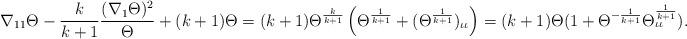
LaTeX: \begin{align*}\nabla_{11}\Theta-\frac{k}{k+1}\frac{(\nabla_{1}\Theta)^{2}}{\Theta}+(k+1)\Theta=(k+1)\Theta^{\frac{k}{k+1}}\left(\Theta^{\frac{1}{k+1}}+(\Theta^{\frac{1}{k+1}})_{\iota\iota}\right)=(k+1)\Theta(1+\Theta^{-\frac{1}{k+1}}\Theta^{\frac{1}{k+1}}_{\iota \iota}).\end{align*}